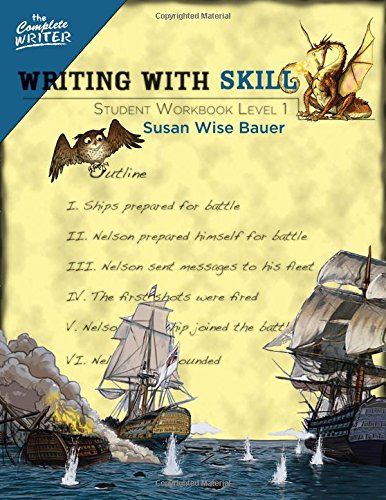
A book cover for Writing With Skill, Level 1: Student Workbook (The Complete Writer); Susan Wise Bauer; Test Preparation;